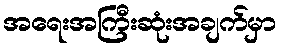
အရေးအကြီးဆုံးအချက်မှာ